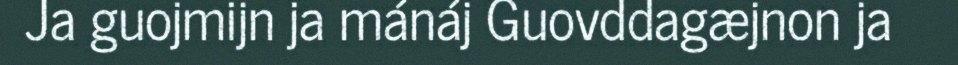
Ja guojmijn ja mánáj Guovddagæjnon ja